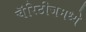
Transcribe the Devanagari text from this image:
चॅरिटीजमध्ये